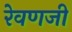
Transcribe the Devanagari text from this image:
रेवणजी